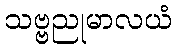
သဗ္ဗညုမာလယံ